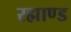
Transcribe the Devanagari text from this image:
रह्माण्ड